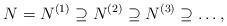
LaTeX: \begin{align*}N=N^{(1)}\supseteq N^{(2)}\supseteq N^{(3)}\supseteq \dots,\end{align*}